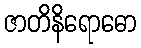
ဇာတိနိရောဓော